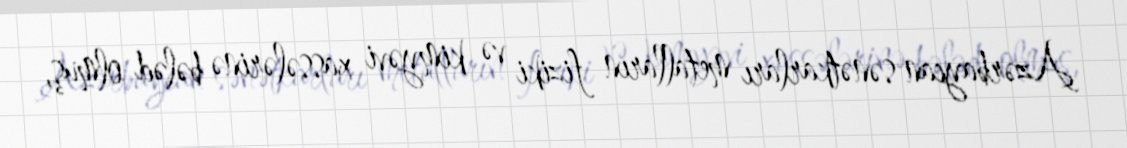
Azərbaycan sənətkarları metalların fiziki və kimyəvi xassələrinə bələd olmuş,